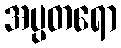
အပ္ပတရော